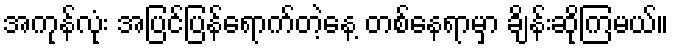
အကုန်လုံး အပြင်ပြန်ရောက်တဲ့နေ့ တစ်နေရာမှာ ချိန်းဆိုကြမယ်။